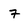
Character: 7